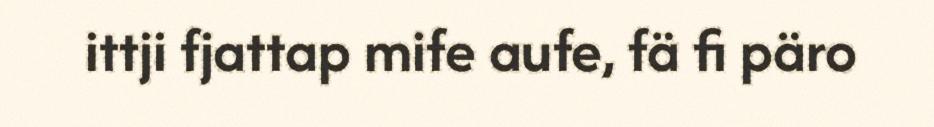
ittji fjattap mife aufe, fä fi päro